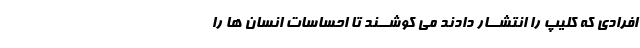
افرادى که کلیپ را انتشــار دادند مى کوشــند تا احساسات انسان ها را